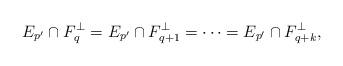
LaTeX: \begin{align*} E_{p'} \cap F_q^\perp = E_{p'} \cap F_{q+1}^\perp = \cdots = E_{p'}\cap F_{q+k}^\perp,\end{align*}